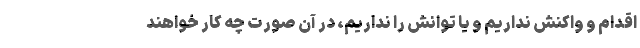
اقدام و واکنش نداریم و یا توانش را نداریم، در آن صورت چه کار خواهند